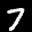
Label: 7